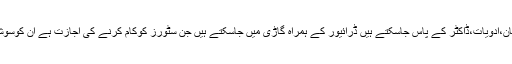
گھر سے دو افراد پرچون کاسامان،ادویات،ڈاکٹر کے پاس جاسکتے ہیں ڈرائیور کے ہمراہ گاڑی میں جاسکتے ہیں جن سٹورز کوکام کرنے کی اجازت ہے ان کوسوشل ڈسٹینس رکھنا ضروری ہے۔